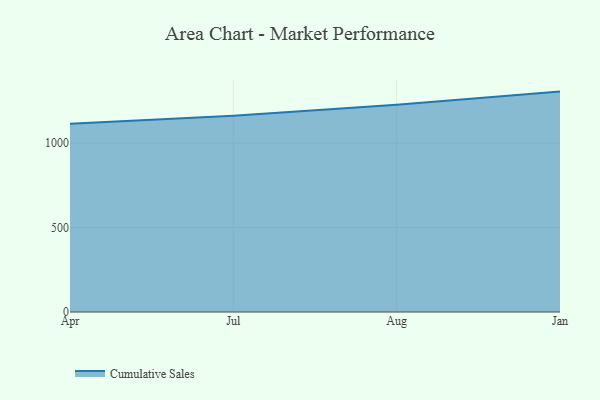
{"axis": {"x": "Month", "y": "Churn Rate (%)"}, "legend": ["Cumulative Sales"], "data": [{"x": "Apr", "y": 1114.7, "type": "Cumulative Sales"}, {"x": "Jul", "y": 1162.4, "type": "Cumulative Sales"}, {"x": "Aug", "y": 1227.8, "type": "Cumulative Sales"}, {"x": "Jan", "y": 1305.5, "type": "Cumulative Sales"}]}